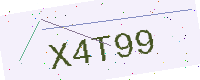
Text: X4T99